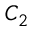
C _ { 2 }